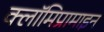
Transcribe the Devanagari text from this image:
क्लॉमिप्रामाइन